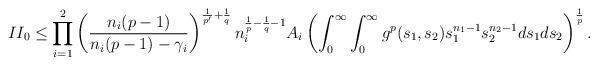
LaTeX: \begin{align*}{II_{0}\leq \prod_{i=1}^{2}\left(\frac{n_{i}(p-1)}{n_{i}(p-1)-\gamma_{i}}\right)^{\frac{1}{p^{\prime}}+\frac{1}{q}}n_{i}^{\frac{1}{p}-\frac{1}{q}-1}A_{i}\left(\int_{0}^{\infty}\int_{0}^{\infty}g^{p}(s_{1},s_{2})s_{1}^{n_{1}-1}s_{2}^{n_{2}-1}ds_{1}ds_{2}\right)^{\frac{1}{p}}.}\end{align*}